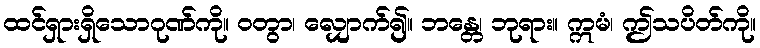
ထင်ရှားရှိသောဂုဏ်ကို။ ဝတွာ၊ လျှောက်၍။ ဘန္တေ၊ ဘုရား။ ဣမံ၊ ဤသပိတ်ကို။